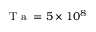
\mathrm { ~ T ~ a ~ } = 5 \times 1 0 ^ { 8 }